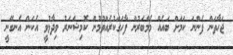
ޖަހާތަން ފެންނަ ކަމަށް ބައެއް މެމްބަރުން ފާހަގަކުރެއްވުމުން ކޮމިޝަނަރު ވިދާޅުވީ އެކަން އެނގޭނީ